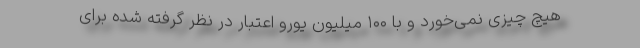
هیچ چیزی نمی‌خورد و با ۱۰۰ میلیون یورو اعتبار در نظر گرفته شده برای